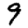
Digit: 9